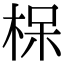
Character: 𪲖